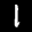
Label: 1